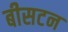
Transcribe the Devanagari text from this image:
बीसटन